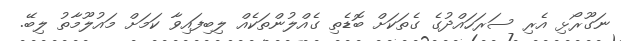
ނަގޫރޯޅި އެރި ސަރަހައްދުގެ ގެތަކަށް ބޮޑެތި ގެއްލުންތަކެއް ލިބިފައިވާ ކަމަށް މައުލޫމާތު ލިބޭ.